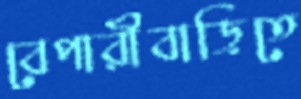
বেপারীবাড়িতে